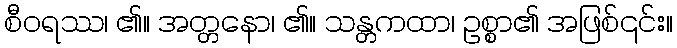
စီဝရဿ၊ ၏။ အတ္တနော၊ ၏။ သန္တကထာ၊ ဥစ္စာ၏ အဖြစ်၎င်း။